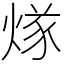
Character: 煫